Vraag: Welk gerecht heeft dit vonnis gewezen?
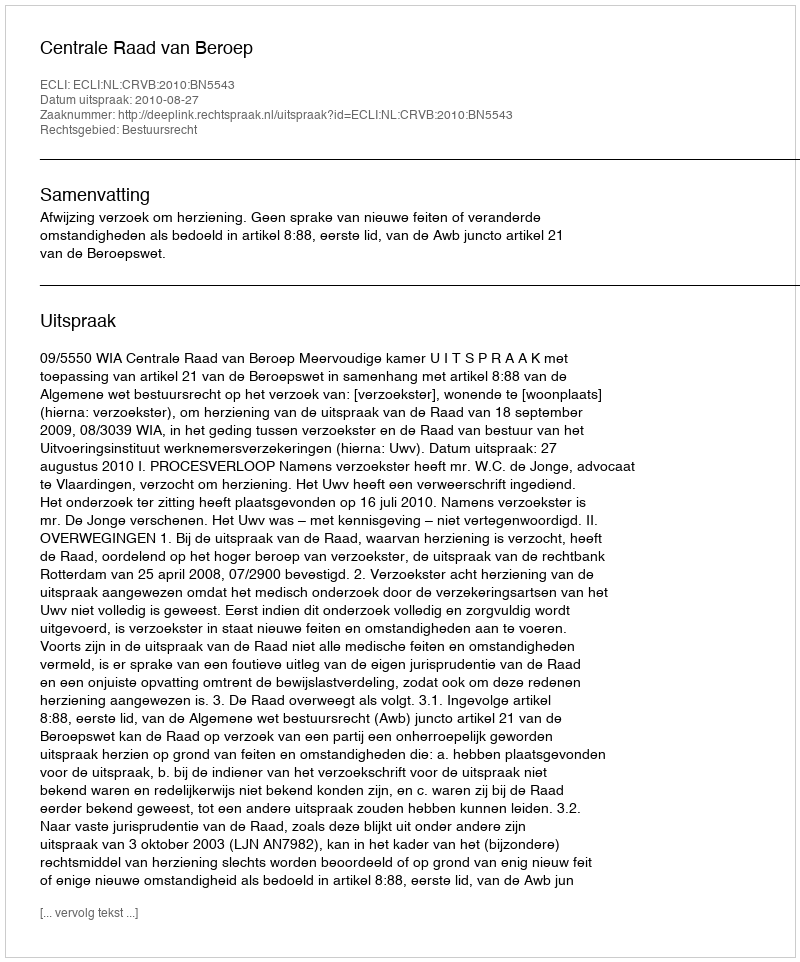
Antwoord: Centrale Raad van Beroep